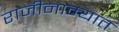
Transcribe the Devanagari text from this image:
राजीनाम्यात